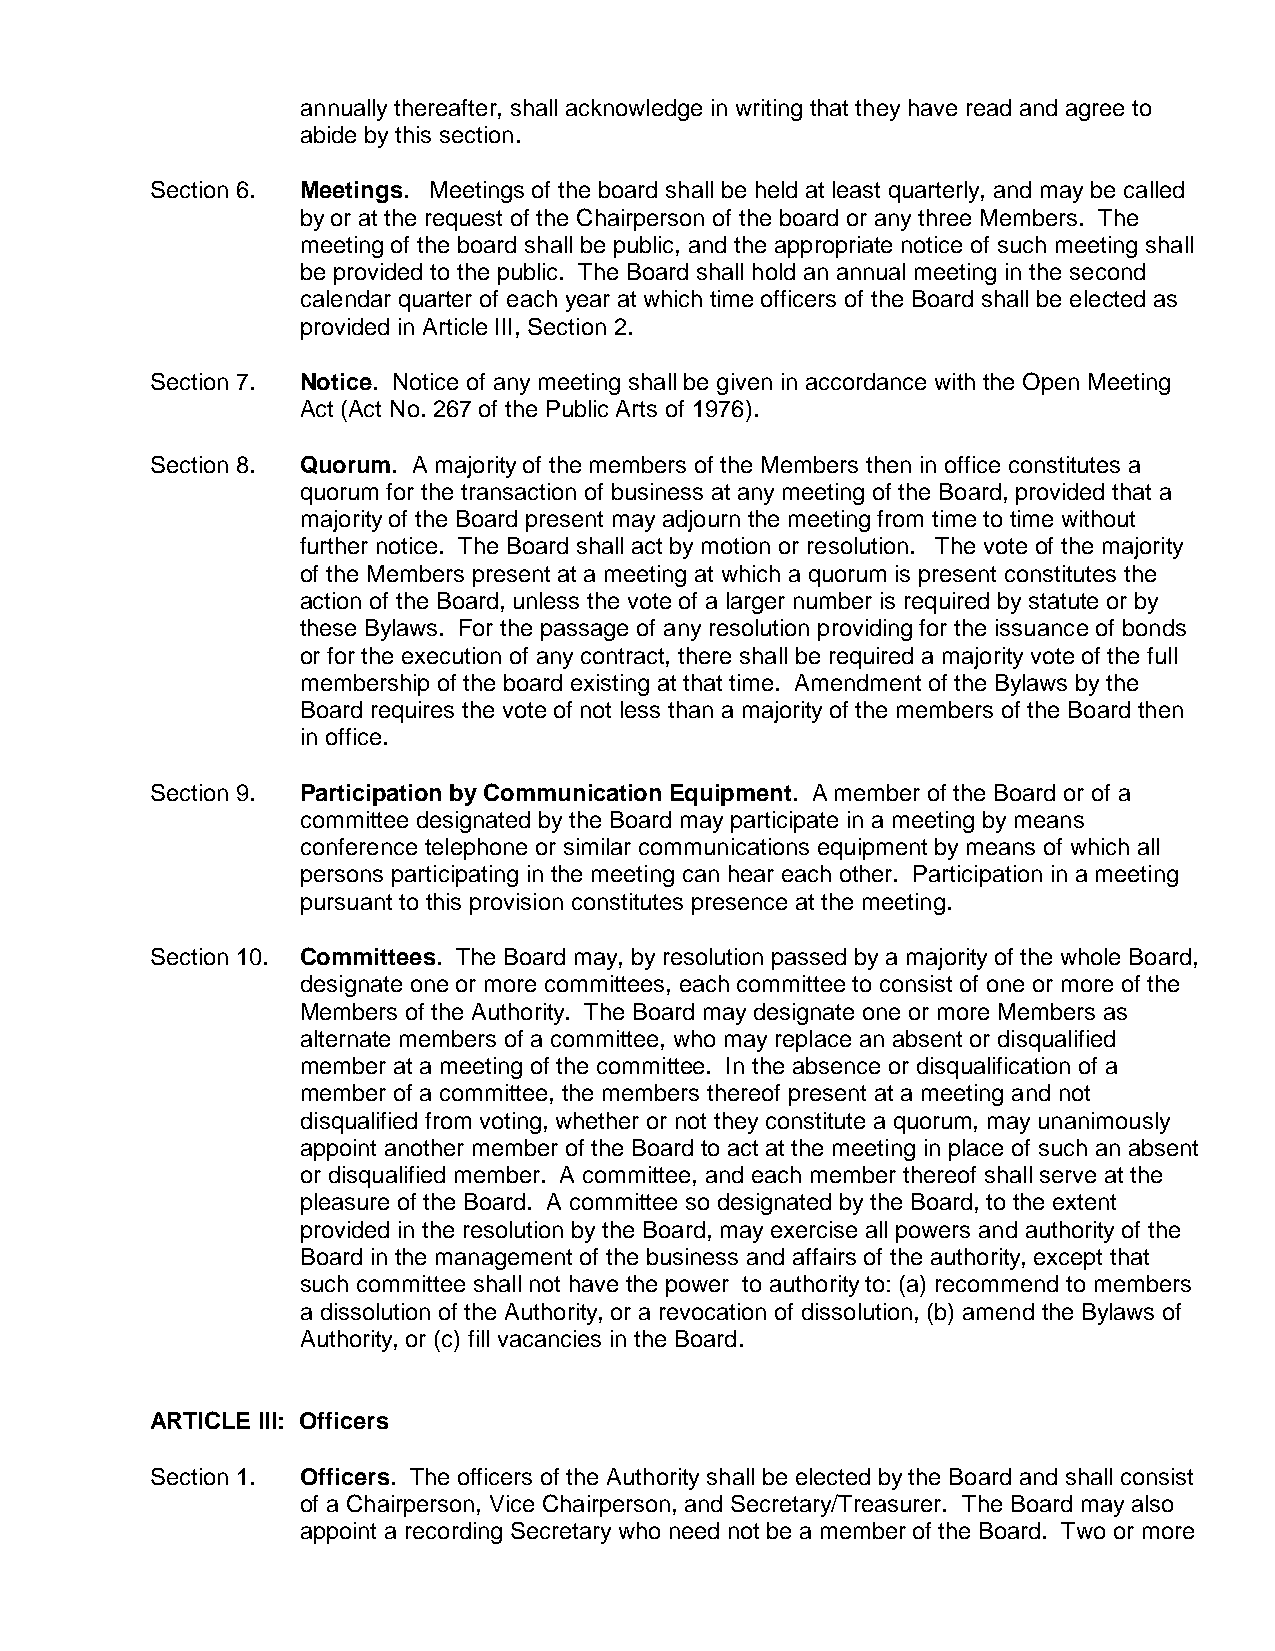
annually thereafter, shall acknowledge in writing that they have read and agree to
 abide by this section.
 Section 6. Meetings. Meetings of the board shall be held at least quarterly, and may be called
 by or at the request of the Chairperson of the board or any three Members. The
 meeting of the board shall be public, and the appropriate notice of such meeting shall
 be provided to the public. The Board shall hold an annual meeting in the second
 calendar quarter of each year at which time officers of the Board shall be elected as
 provided in Article III, Section 2.
 Section 7. Notice. Notice of any meeting shall be given in accordance with the Open Meeting
 Act (Act No. 267 of the Public Arts of 1976).
 Section 8. Quorum. A majority of the members of the Members then in office constitutes a
 quorum for the transaction of business at any meeting of the Board, provided that a
 majority of the Board present may adjourn the meeting from time to time without
 further notice. The Board shall act by motion or resolution. The vote of the majority
 of the Members present at a meeting at which a quorum is present constitutes the
 action of the Board, unless the vote of a larger number is required by statute or by
 these Bylaws. For the passage of any resolution providing for the issuance of bonds
 or for the execution of any contract, there shall be required a majority vote of the full
 membership of the board existing at that time. Amendment of the Bylaws by the
 Board requires the vote of not less than a majority of the members of the Board then
 in office.
 Section 9. Participation by Communication Equipment. A member of the Board or of a
 committee designated by the Board may participate in a meeting by means
 conference telephone or similar communications equipment by means of which all
 persons participating in the meeting can hear each other. Participation in a meeting
 pursuant to this provision constitutes presence at the meeting.
 Section 10. Committees. The Board may, by resolution passed by a majority of the whole Board,
 designate one or more committees, each committee to consist of one or more of the
 Members of the Authority. The Board may designate one or more Members as
 alternate members of a committee, who may replace an absent or disqualified
 member at a meeting of the committee. In the absence or disqualification of a
 member of a committee, the members thereof present at a meeting and not
 disqualified from voting, whether or not they constitute a quorum, may unanimously
 appoint another member of the Board to act at the meeting in place of such an absent
 or disqualified member. A committee, and each member thereof shall serve at the
 pleasure of the Board. A committee so designated by the Board, to the extent
 provided in the resolution by the Board, may exercise all powers and authority of the
 Board in the management of the business and affairs of the authority, except that
 such committee shall not have the power to authority to: (a) recommend to members
 a dissolution of the Authority, or a revocation of dissolution, (b) amend the Bylaws of
 Authority, or (c) fill vacancies in the Board.
 ARTICLE III: Officers
 Section 1. Officers. The officers of the Authority shall be elected by the Board and shall consist
 of a Chairperson, Vice Chairperson, and Secretary/Treasurer. The Board may also
 appoint a recording Secretary who need not be a member of the Board. Two or more